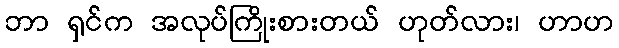
ဘာ ရှင်က အလုပ်ကြိုးစားတယ် ဟုတ်လား၊ ဟာဟ